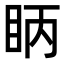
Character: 眪